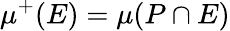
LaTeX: \mu^{+}(E)=\mu(P\cap E)